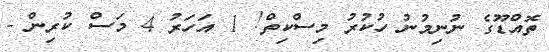
ތޮއްޑޫގެ ނުނިމުނު ހުކުރު މިސްކިތް! 1 އަހަރު 4 މަސް ކުރިން -